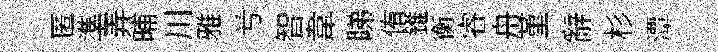
匿準弄晡川雅𠔃智韋睇侑錐衡睿舟堇辭杉潭